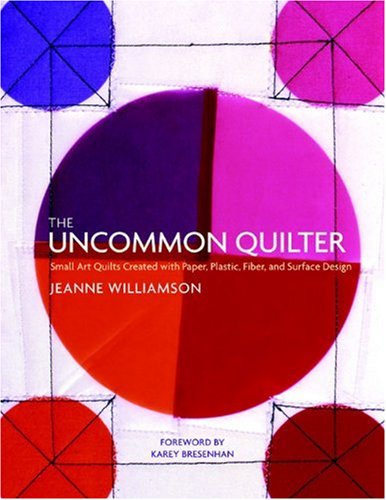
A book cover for The Uncommon Quilter: Small Art Quilts Created with Paper, Plastic, Fiber, and Surface Design; Jeanne Williamson; Crafts, Hobbies & Home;